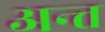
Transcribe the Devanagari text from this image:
अन्त्त